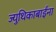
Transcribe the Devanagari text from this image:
ज्युथिकाबाईंना